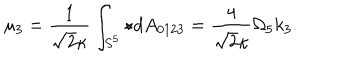
\mu _ { 3 } = \frac { 1 } { \sqrt { 2 } \kappa } \int _ { S ^ { 5 } } \star d A _ { 0 1 2 3 } = \frac { 4 } { \sqrt { 2 } \kappa } \Omega _ { 5 } k _ { 3 } .